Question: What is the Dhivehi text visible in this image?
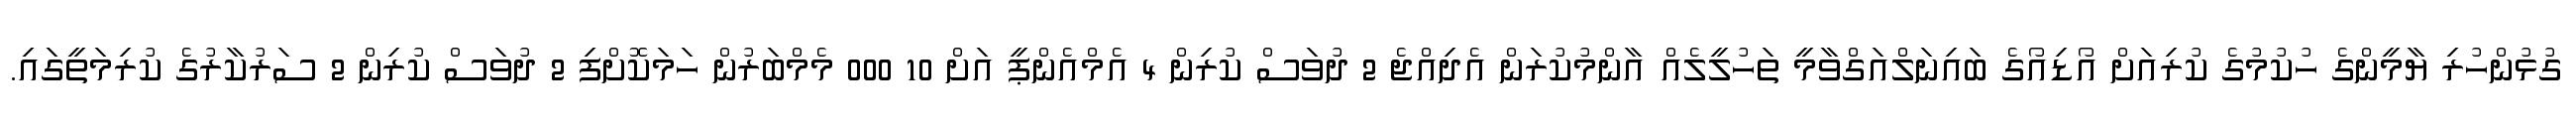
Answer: ގުޅުންހުރި ޔާމީންގެ ހުކުމުގެ ކުރިއަށް އޯޑިއޯގެ ބައިނަލްއަގްވާމީ ތަހުލީލެއް އާންމުކުރަން އެދިއްޖެ 2 ދުވަސް ކުރިން 4 އެމްއެންޕީ އަށް 10 000 މެމްބަރުން ހަމަކޮށްފި 2 ދުވަސް ކުރިން 2 ސަރުކާރުގެ ކުރިމަތީގައި.